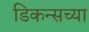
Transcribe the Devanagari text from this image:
डिकन्सच्या